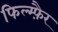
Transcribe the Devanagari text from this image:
फिल्म्फ़ैर